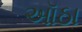
ઑઠા